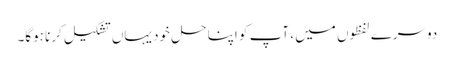
دوسرے لفظوں میں ، آپ کو اپنا حل خود یہاں تشکیل کرنا ہوگا۔